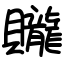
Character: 贚